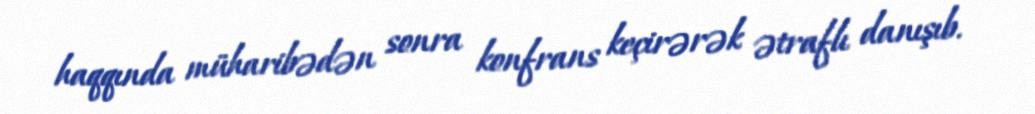
haqqında müharibədən sonra konfrans keçirərək ətraflı danışıb.